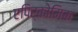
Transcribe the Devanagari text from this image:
एपिर्कोमिक